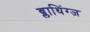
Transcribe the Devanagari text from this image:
ब्लाथिंग्ज